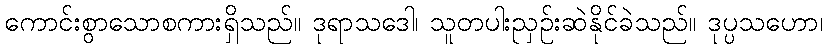
ကောင်းစွာသောစကားရှိသည်။ ဒုရာသဒေါ၊ သူတပါးညှဉ်းဆဲနိုင်ခဲသည်။ ဒုပ္ပသဟော၊